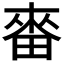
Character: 𤲝